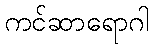
ကင်ဆာရောဂါ